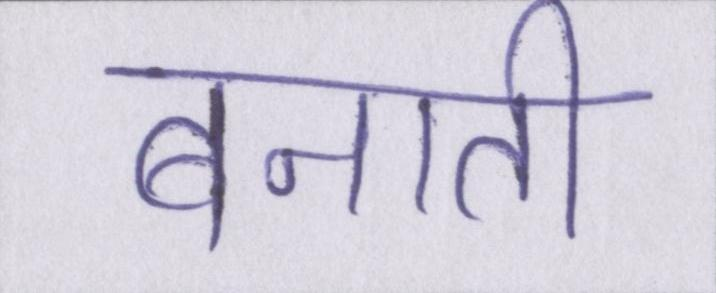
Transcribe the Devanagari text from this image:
बनाती